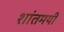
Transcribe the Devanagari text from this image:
शांतमयी